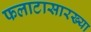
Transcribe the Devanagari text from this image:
फलाटासारख्या